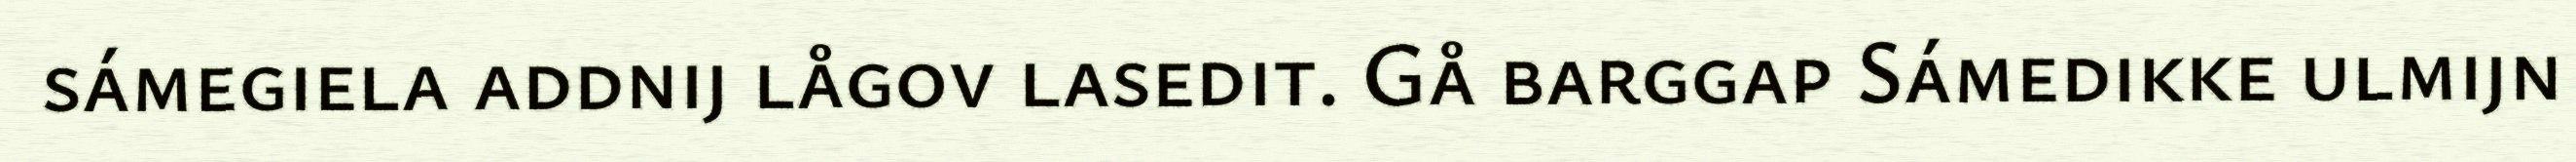
sámegiela addnij lågov lasedit. Gå barggap Sámedikke ulmijn